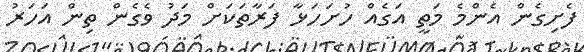
ފެށިގެން އެންމެ މަތީ އަގެއް ހުށަހަޅާ ފަރާތަކަށް މަދު ވެގެން ތިން އަހަރު